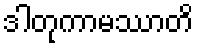
ဒါတုကာမဿာတိ